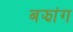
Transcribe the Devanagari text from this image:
बझांग